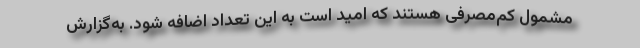
مشمول کم‌مصرفی هستند که امید است به این تعداد اضافه شود. به‌گزارش